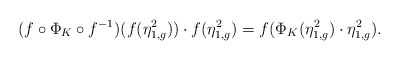
\begin{align*}(f\circ \Phi_K \circ f^{-1})(f(\eta_{1,g}^2)) \cdot f(\eta_{1,g}^2) = f(\Phi_K(\eta_{1,g}^2) \cdot \eta_{1,g}^2).\end{align*}